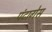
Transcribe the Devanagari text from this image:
पंटागेस